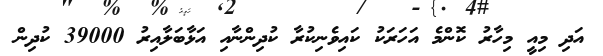
އަދި މިއީ މިހާރު ކޮންމެ އަހަރަކު ކައިވެނިކުރާ ކުދިންނާއި އަޅާބަލާއިރު 39000 ކުދިން